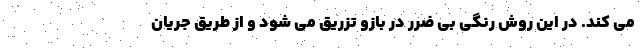
می کند. در این روش رنگی بی ضرر در بازو تزریق می شود و از طریق جریان